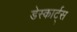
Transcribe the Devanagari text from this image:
डेस्कार्ट्स